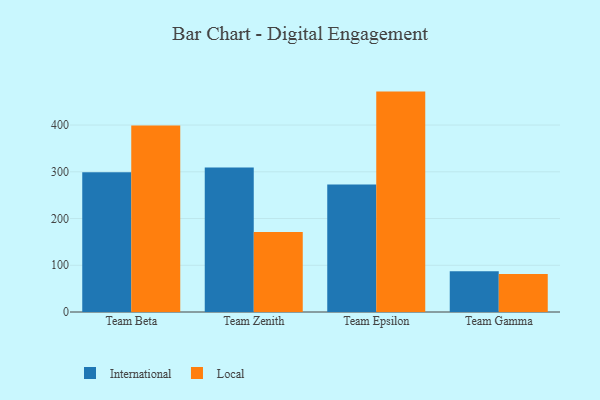
{"axis": {"x": "Team", "y": "Production Output"}, "legend": ["International", "Local"], "data": [{"x": "Team Beta", "y": 299.0, "type": "International"}, {"x": "Team Beta", "y": 398.8, "type": "Local"}, {"x": "Team Zenith", "y": 309.2, "type": "International"}, {"x": "Team Zenith", "y": 171.4, "type": "Local"}, {"x": "Team Epsilon", "y": 272.6, "type": "International"}, {"x": "Team Epsilon", "y": 471.6, "type": "Local"}, {"x": "Team Gamma", "y": 87.3, "type": "International"}, {"x": "Team Gamma", "y": 81.2, "type": "Local"}]}